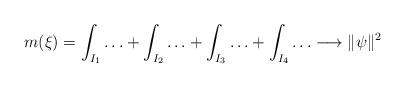
LaTeX: \begin{align*}m(\xi) = \int_{I_1}\ldots + \int_{I_2}\ldots + \int_{I_3}\ldots + \int_{I_4}\ldots \longrightarrow \|\psi\|^2\end{align*}